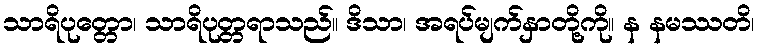
သာရိပုတ္တော၊ သာရိပုတ္တရာသည်။ ဒိသာ၊ အရပ်မျက်နှာတို့ကို။ န နမဿတိ၊